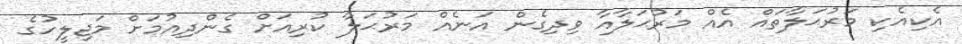
އެކިއެކި މަރުޙަލާތައް އެއް މަރުޙަލާއާ ވިދިގެން އަނެއް މަރުޙަލާ ކުރިއަށް ގެންދިއުމަށް މަޖިލީހުގެ